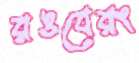
রঙবেরং